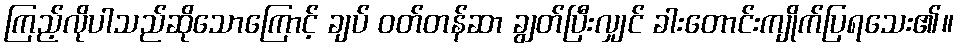
ကြည့်လိုပါသည်ဆိုသောကြောင့် ချပ် ဝတ်တန်ဆာ ချွတ်ပြီးလျှင် ခါးတောင်းကျိုက်ပြရသေး၏။